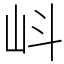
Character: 㞳